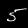
Digit: 5